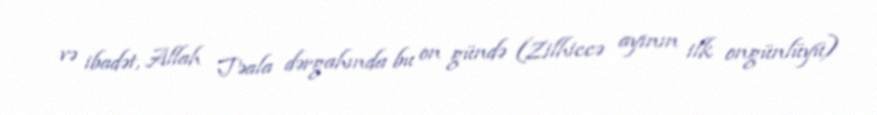
və ibadət, Allah Təala dərgahında bu on gündə (Zilhiccə ayının ilk ongünlüyü)